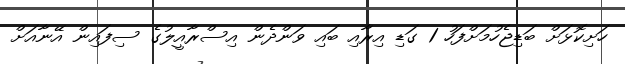
ހަށިކޮޅަށް ބަޑިޖެހުމަށްފަހު 1 ގަޑި އިރާއި ބައި ވަންދެން އިސްރާއީލުގެ ސިފައިން އޭނާއަށް